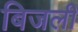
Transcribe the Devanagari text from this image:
बिजली